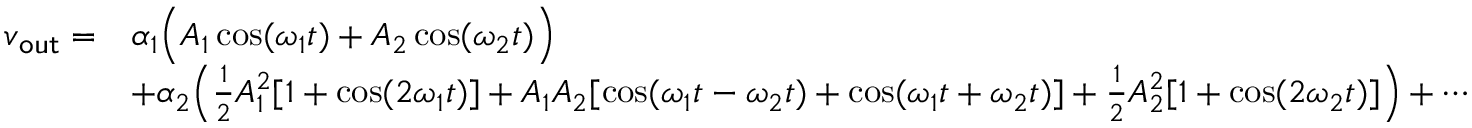
{ \begin{array} { r l } { v _ { \mathsf { o u t } } = } & { \alpha _ { 1 } { \Bigl ( } A _ { 1 } \cos ( \omega _ { 1 } t ) + A _ { 2 } \cos ( \omega _ { 2 } t ) { \Bigr ) } } \\ & { + \alpha _ { 2 } { \Bigl ( } { \frac { 1 } { 2 } } A _ { 1 } ^ { 2 } [ 1 + \cos ( 2 \omega _ { 1 } t ) ] + A _ { 1 } A _ { 2 } [ \cos ( \omega _ { 1 } t - \omega _ { 2 } t ) + \cos ( \omega _ { 1 } t + \omega _ { 2 } t ) ] + { \frac { 1 } { 2 } } A _ { 2 } ^ { 2 } [ 1 + \cos ( 2 \omega _ { 2 } t ) ] { \Bigr ) } + \cdots } \end{array} }